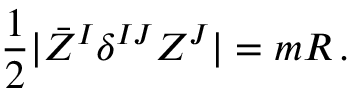
{ \frac { 1 } { 2 } } | \bar { \cal Z } ^ { I } \delta ^ { I J } { \cal Z } ^ { J } | = m R \, .